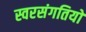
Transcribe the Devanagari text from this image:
स्वरसंगतियों